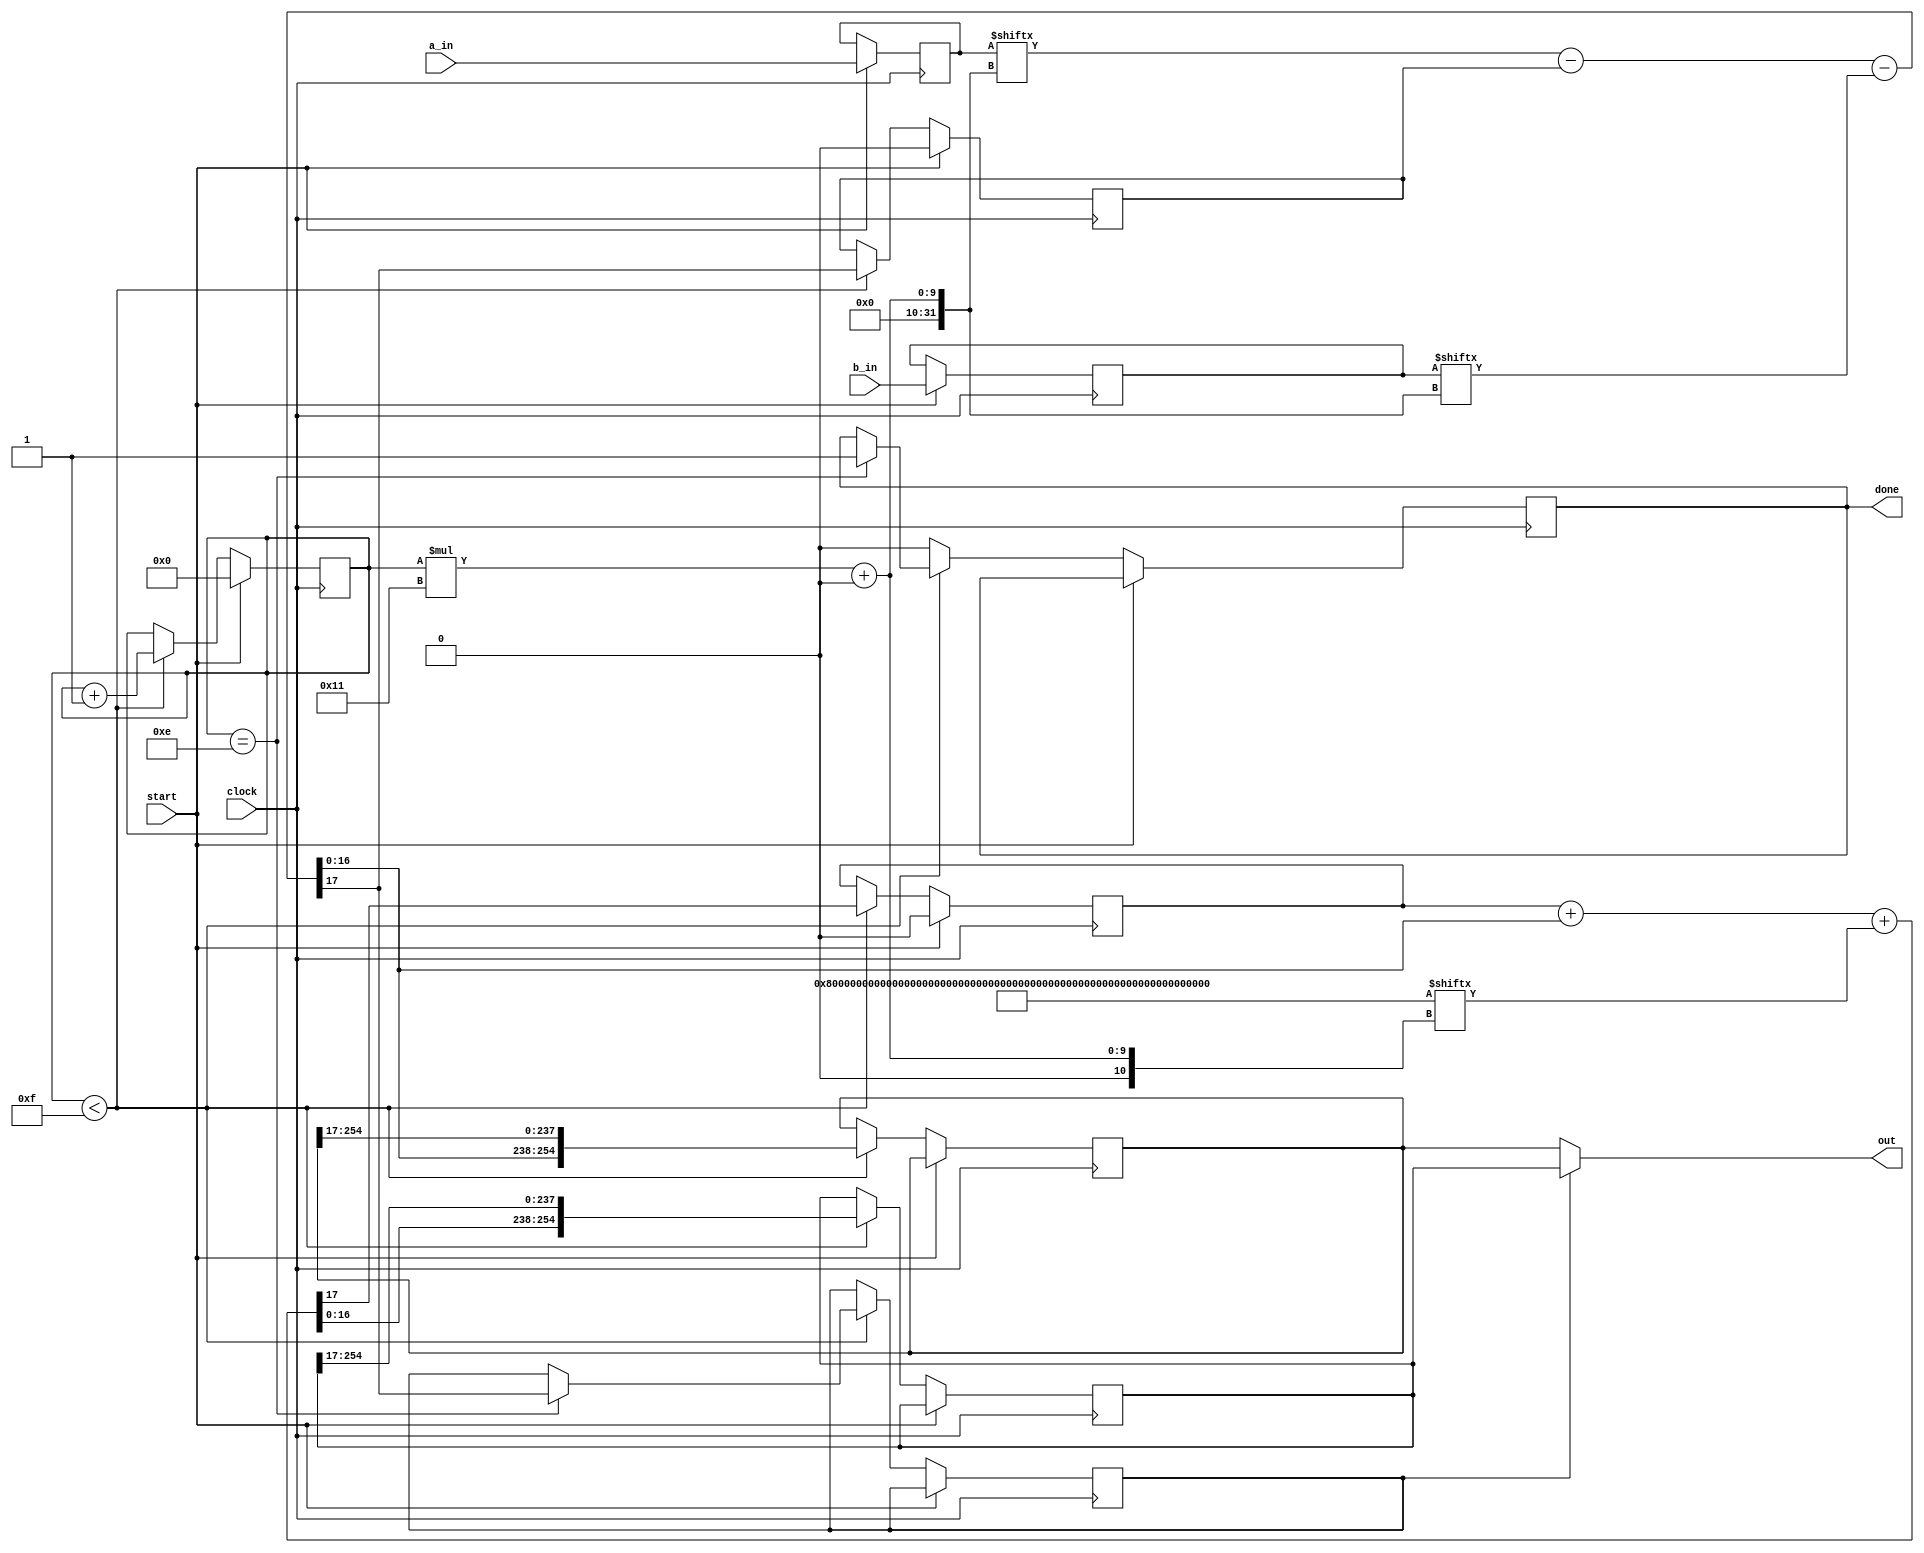
`default_nettype none

module fesub(input wire clock, start,
             input wire [254:0] a_in, b_in,
             output reg done = 0,
             output wire [254:0] out);
    parameter W = 17; // hardware multiplier input word size
    parameter N = 15; // number of words used to represent one field element
    parameter C = 19; // pseudo-Mersenne coefficient
    parameter P = (255'b1<<(N*W)) - C; // 2^255 - 19
    parameter LOGC = 4;
    parameter LOGN = 4;

    reg [254:0] a = 0;
    reg [254:0] b = 0;
    reg [LOGN-1:0] i = N;
    reg [254:0] out_, outP;
    reg wrapP = 0;
    reg carry = 0, carryP = 0;

    wire [W:0] partial  = a[i*W +: W] - carry - b[i*W +: W];
    wire [W:0] partialP = carryP + partial[W-1:0] + P[i*W +: W];

    always @ (posedge clock) begin
        if (start) begin
            i <= 0;
            {carry, carryP} <= 0;
            a <= a_in;
            b <= b_in;
        end else if (i < N) begin
            i <= i + 1;
            carry <= partial[W];
            carryP <= partialP[W];
            out_ <= {partial [W-1:0], out_[254:W]};
            outP <= {partialP[W-1:0], outP[254:W]};
            if (i == N-1) done <= 1;
            // reduce when necessary: only add P if subtraction overflows
            if (i == N-1) wrapP <= partial[W];
        end else if (done) done <= 0;
    end
    assign out = wrapP ? outP : out_;
endmodule